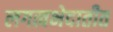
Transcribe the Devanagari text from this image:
लगत्वभेदातीत